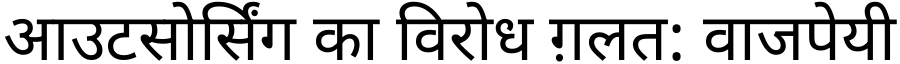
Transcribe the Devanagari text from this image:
आउटसोर्सिंग का विरोध ग़लत: वाजपेयी